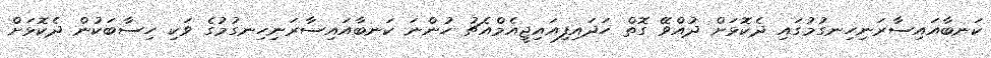
ކަނބާއައިސާރަނިހިނގުމުގައި ދެކޮޅަށް ދުއްވޭ ގޮތް ހަދައިފިއައިޖީއެމްއެޗު ހުންނަ ކަނބާއައިސާރަނިހިނގުމުގެ ވަކި ހިސާބަކުން ދެކޮޅަށް